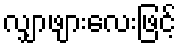
လျှာဖျားလေးဖြင့်